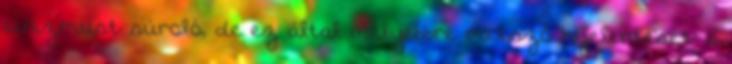
cinizmust súroló, de ez által mélyebbre metsző kijelentését: a